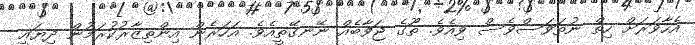
އެހާވަރަށް ހިތް ނުތަވަސްވެސް ވިއެވެ. ތޫގެ ޖަވާބެއް ނޭނގޭތީއެވެ. އަހަރެން އިންތިޒާރުކުރަމުން ދިޔައީ